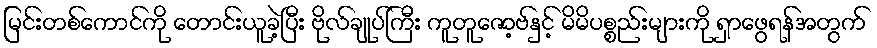
မြင်းတစ်ကောင်ကို တောင်းယူခဲ့ပြီး ဗိုလ်ချုပ်ကြီး ကူတူဇော့ဗ်နှင့် မိမိပစ္စည်းများကို ရှာဖွေရန်အတွက်